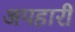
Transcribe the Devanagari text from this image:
अपहारी